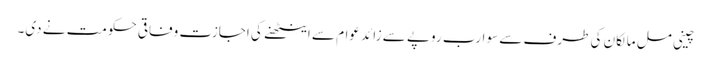
چینی مل مالکان کی طرف سے سو ارب روپے سے زائد عوام سے اینٹھنے کی اجازت وفاقی حکومت نے دی۔